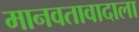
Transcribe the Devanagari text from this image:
मानवतावादाला